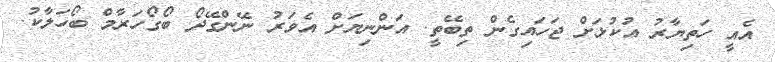
އެއީ ހަތިޔާރު އުކުޅަށް ޖަހައިގެން ތިބޭތީ. އަންނިޔަށް އެވަރު ނޭންގޭދޯ ބޯގޯހަރާމް ބޯހަލާކު.